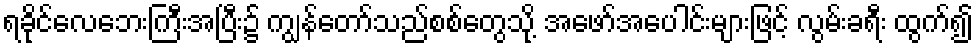
ရခိုင်လေဘေးကြီးအပြီး၌ ကျွန်တော်သည်စစ်တွေသို့ အဖော်အပေါင်းများဖြင့် လွမ်းခရီး ထွက်၍